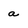
Character: a